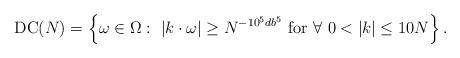
LaTeX: \begin{align*}{\rm DC}(N)&=\left\{\omega\in\Omega:\ |k\cdot\omega|\geq N^{-10^5db^5}\ {\rm for}\ \forall\ 0<|k|\leq 10N\right\}.\end{align*}